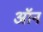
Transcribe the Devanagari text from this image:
अॉन